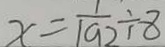
x = \frac { 1 } { 1 9 2 } \div 8